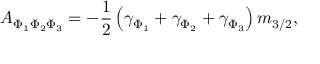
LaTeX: A _ { \Phi _ { 1 } \Phi _ { 2 } \Phi _ { 3 } } = - { \frac { 1 } { 2 } } \left( \gamma _ { \Phi _ { 1 } } + \gamma _ { \Phi _ { 2 } } + \gamma _ { \Phi _ { 3 } } \right) m _ { 3 / 2 } ,